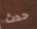
حدث